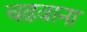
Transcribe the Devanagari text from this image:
चढ़वाना